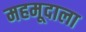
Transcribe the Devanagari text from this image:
महमूदाला